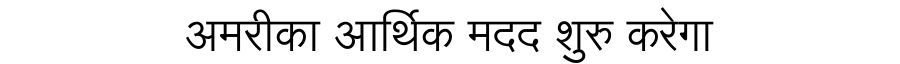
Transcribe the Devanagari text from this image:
अमरीका आर्थिक मदद शुरु करेगा